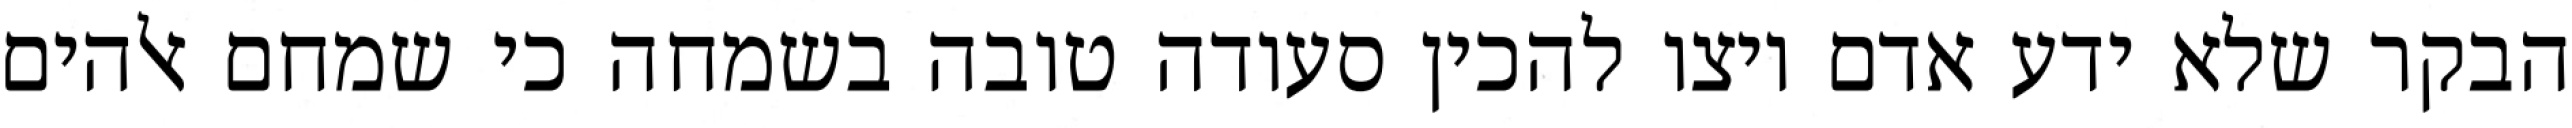
הבקר שלא ידע אדם ויצו להכין סעודה טובה בשמחה כי שמחם אלהים